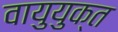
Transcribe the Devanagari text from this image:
वायुयुक्त